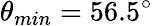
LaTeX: \theta_{min}=56.5^{\circ}